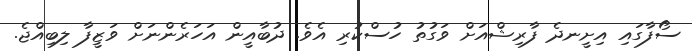
ސޯފާގައި އިށީނދެ ފާރިޝްއަށް ވަގުތު ހުސްކުރި އެވެ. ދުބާއީން އަހަރެންނަށް ވަޒީފާ ލިބިއްޖެ.